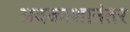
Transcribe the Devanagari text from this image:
अवकाशानंतर